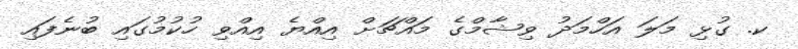
ކ. ގުޅި މަލަ އަހްމަދު ވިޝާމްގެ މައްޗަށް އިއްޔެ އިއްވި ހުކުމުގައި ބުނެފައި